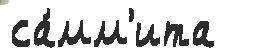
са́мм'ита